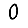
Digit: 0